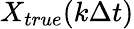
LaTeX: X_{true}(k\Delta t)